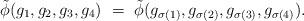
LaTeX: \begin{align*}\tilde\phi(g_{1},g_{2},g_{3},g_{4})\ =\ \tilde\phi(g_{\sigma(1)},g_{\sigma(2)}, g_{\sigma(3)},g_{\sigma(4)}).\end{align*}